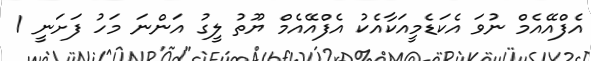
އެފްއޭއެމް ނުވަ އެކަޑެމީއަކާއެކު އެފްއޭއެމް ޔޫތު ލީގު އަންނަ މަހު ފަށަނީ 1